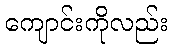
ကျောင်းကိုလည်း